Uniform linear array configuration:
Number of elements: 64
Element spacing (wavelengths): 0.5
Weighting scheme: exponential
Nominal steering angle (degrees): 60
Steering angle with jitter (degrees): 60.201
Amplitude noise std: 0.05
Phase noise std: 0.05

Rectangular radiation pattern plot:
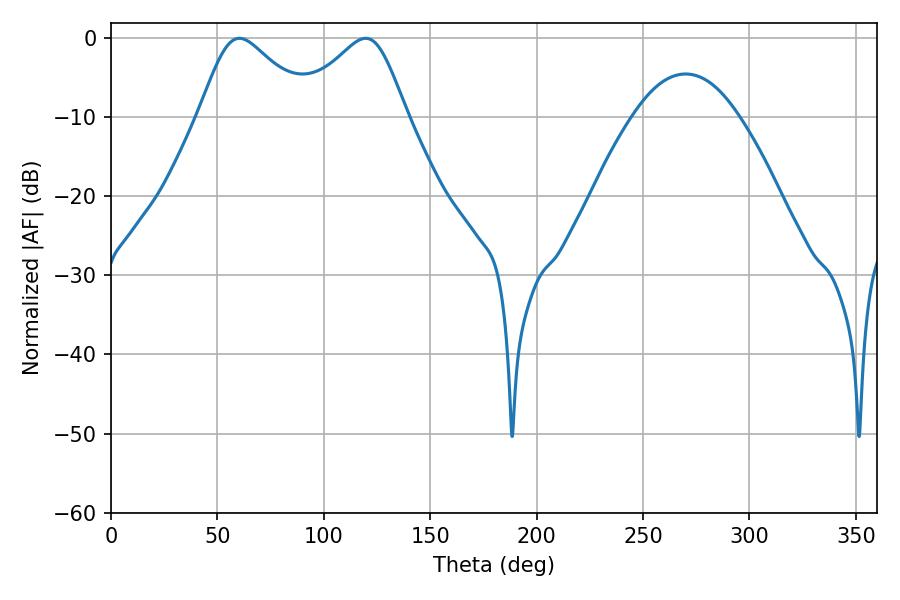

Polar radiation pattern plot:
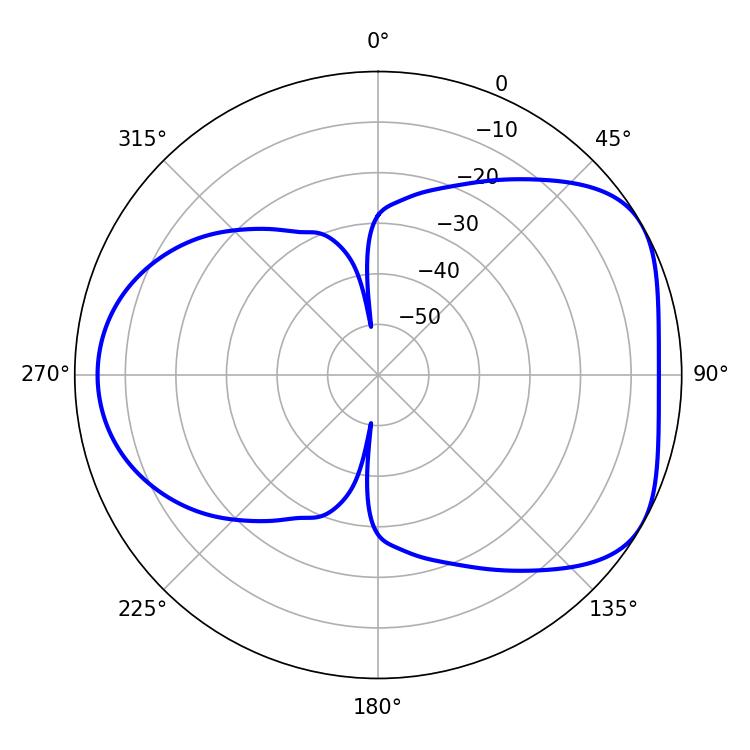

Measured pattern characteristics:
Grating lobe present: FALSE
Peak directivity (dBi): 4.822
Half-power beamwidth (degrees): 25.92
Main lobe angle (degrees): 60.3